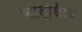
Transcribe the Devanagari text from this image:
शोतूसित्ज़